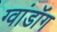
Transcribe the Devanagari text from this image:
ग्वांडॉंग